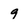
Character: 9